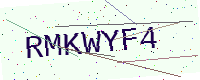
Text: RMKWYF4